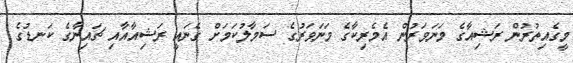
މީގެއިތުރުން ރަޝިއާގެ މަނަވަރުން އެމެރިކާގެ މަނަވަރުގެ ސަމާލުކަމަށް ގެނައީ ރަޝިއާއާއި ޗައިނާގެ ކަނޑުގެ